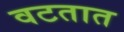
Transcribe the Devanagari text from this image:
वटतात